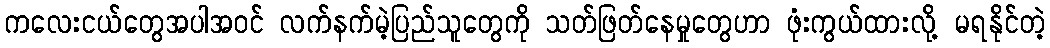
ကလေးငယ်တွေအပါအဝင် လက်နက်မဲ့ပြည်သူတွေကို သတ်ဖြတ်နေမှုတွေဟာ ဖုံးကွယ်ထားလို့ မရနိုင်တဲ့